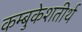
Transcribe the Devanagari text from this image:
कम्बुकेशतीर्थ